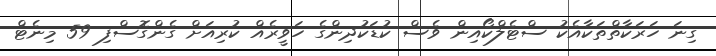
ގިނަ ހަރަކާތްތަކާއެކު ސްޓެލްކޯއިން ވެސް ކުޑަކުދިންގެ ހަވީރެއް ކުރިއަށް ގެންގޮސްފި 59 މިނެޓް